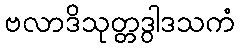
ဗလာဒိသုတ္တဒွါဒသကံ